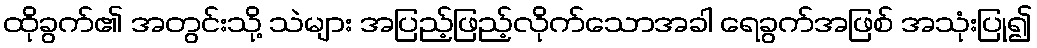
ထိုခွက်၏ အတွင်းသို့ သဲများ အပြည့်ဖြည့်လိုက်သောအခါ ရေခွက်အဖြစ် အသုံးပြု၍